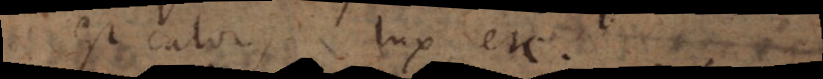
est calor, lux, etc.